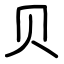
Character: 贝